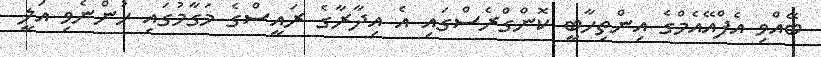
ބޭއްވި އެފްއޭއެމްގެ އިންތިހާބީ ކޮންގްރެސްގައި އެ އިދާރާގެ ރައީސްގެ މަގާމުގައި ހުންނެވި އަލީ